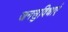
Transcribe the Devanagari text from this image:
जनसुविधाएं